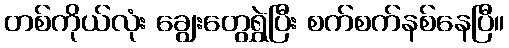
တစ်ကိုယ်လုံး ချွေးတွေရွှဲပြီး စက်စက်နစ်နေပြီ။